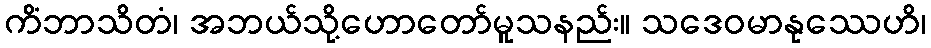
ကိံဘာသိတံ၊ အဘယ်သို့ဟောတော်မူသနည်း။ သဒေဝမာနုဿေဟိ၊